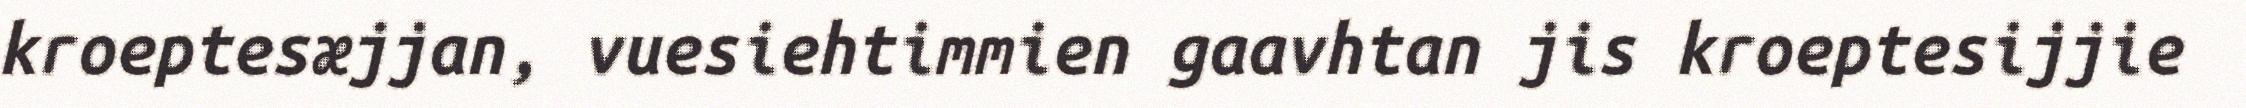
kroeptesæjjan, vuesiehtimmien gaavhtan jis kroeptesijjie